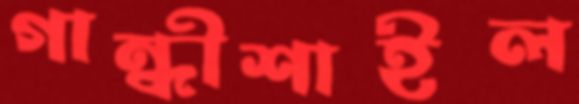
গান্ধীশাইল